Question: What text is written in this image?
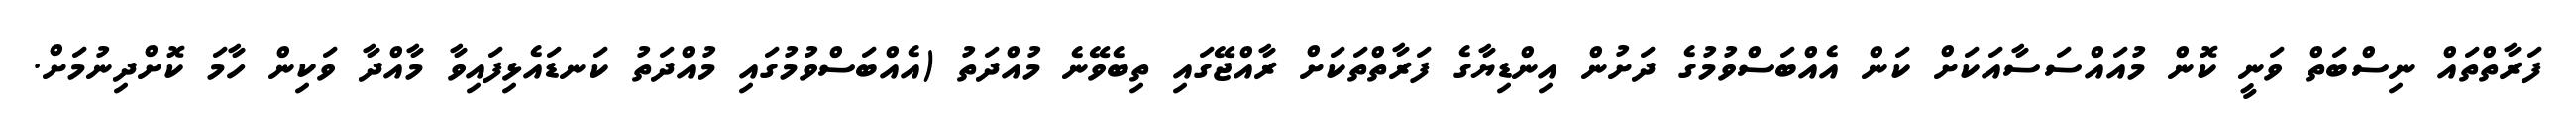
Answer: ފަރާތްތައް ނިސްބަތް ވަނީ ކޮން މުއައްސަސާއަކަށް ކަން އެއްބަސްވުމުގެ ދަށުން އިންޑިޔާގެ ފަރާތްތަކަށް ރާއްޖޭގައި ތިބެވޭނެ މުއްދަތު (އެއްބަސްވުމުގައި މުއްދަތު ކަނޑައެޅިފައިވާ މާއްދާ ވަކިން ހާމަ ކޮށްދިނުމަށް.